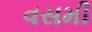
વસમી